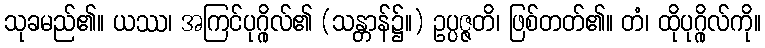
သုခမည်၏။ ယဿ၊ အကြင်ပုဂ္ဂိုလ်၏ (သန္တာန်၌။) ဥပ္ပဇ္ဇတိ၊ ဖြစ်တတ်၏။ တံ၊ ထိုပုဂ္ဂိုလ်ကို။